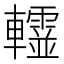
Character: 𨏨